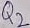
Text: Q2